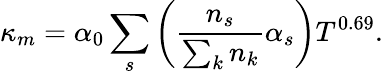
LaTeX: \kappa_{m}=\alpha_{0}\sum_{s}\left(\frac{n_{s}}{\sum_{k}n_{k}}\alpha_{s}\right)T^{0.69}.